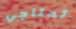
تحتاجي